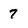
Character: 7